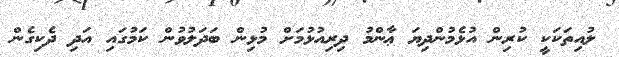
ލުއިތަކަކީ ކުރިން އުޅެމުންދިޔަ ޢާންމު ދިރިއުޅުމަށް މުޅިން ބަދަލުވުން ކަމުގައި އަދި ދެކިގެން